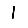
Digit: 1